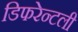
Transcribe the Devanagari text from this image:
डिफरेन्टली